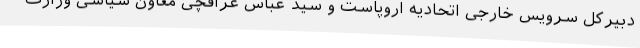
دبیرکل سرویس خارجی اتحادیه اروپاست و سید عباس عراقچی معاون سیاسی وزارت